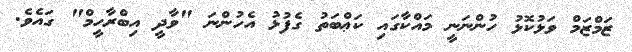
ޒަމްޒަމް ވަޅުކޮޅު ހުންނަނީ މައްކާގައި ކަޢްބަތު ގެފުޅު އެހުންނަ "ވާދީ އިބްރާހީމް" ގައެވެ.